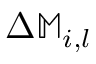
\Delta \mathbb { M } _ { i , l }